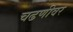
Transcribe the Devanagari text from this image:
चढणीवर